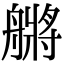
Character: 䒂